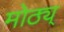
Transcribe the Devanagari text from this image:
मोठ्य्